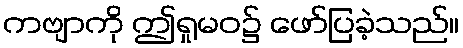
ကဗျာကို ဤရှုမဝ၌ ဖော်ပြခဲ့သည်။